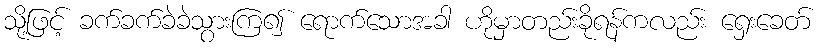
သို့ဖြင့် ခက်ခက်ခဲခဲသွားကြ၍ ရောက်သောအခါ ဟိုမှာတည်းခိုရန်ကလည်း ရှေးခေတ်